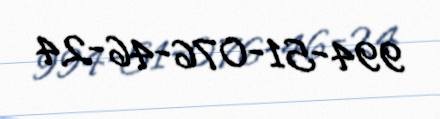
994-51-076-46-24